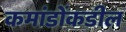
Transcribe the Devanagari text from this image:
कमांडोंकडील